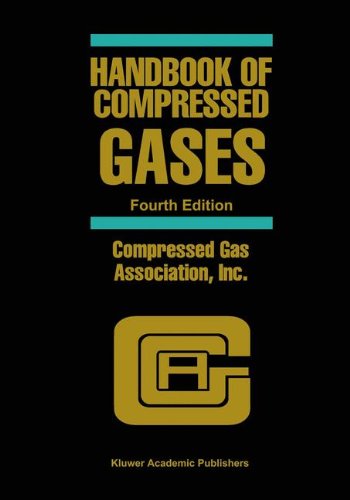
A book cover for Handbook of Compressed Gases; Compressed Gas Association  Inc.; Science & Math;